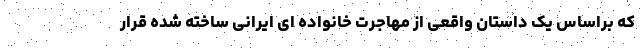
که براساس یک داستان واقعی از مهاجرت خانواده ای ایرانی ساخته شده قرار